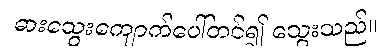
ဓားသွေးကျောက်ပေါ်တင်၍ သွေးသည်။